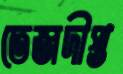
তেজদীপ্ত